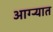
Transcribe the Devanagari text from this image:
आग्ऱ्यात